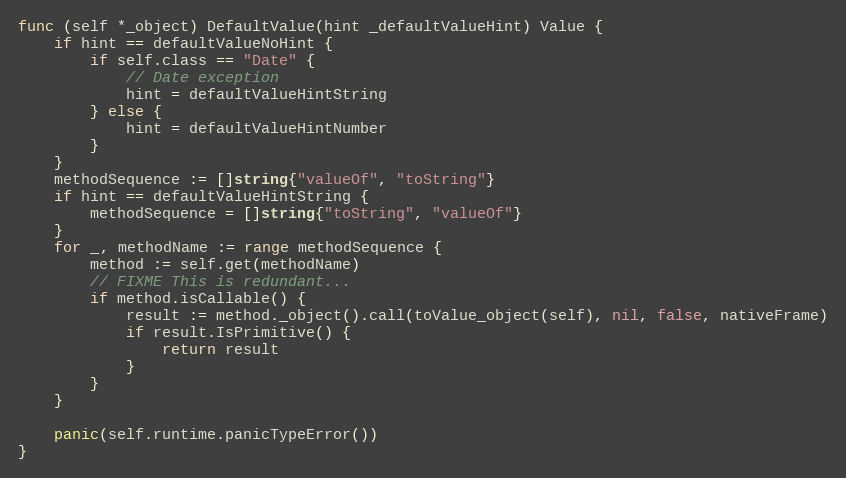
Language: Go
func (self *_object) DefaultValue(hint _defaultValueHint) Value {
	if hint == defaultValueNoHint {
		if self.class == "Date" {
			// Date exception
			hint = defaultValueHintString
		} else {
			hint = defaultValueHintNumber
		}
	}
	methodSequence := []string{"valueOf", "toString"}
	if hint == defaultValueHintString {
		methodSequence = []string{"toString", "valueOf"}
	}
	for _, methodName := range methodSequence {
		method := self.get(methodName)
		// FIXME This is redundant...
		if method.isCallable() {
			result := method._object().call(toValue_object(self), nil, false, nativeFrame)
			if result.IsPrimitive() {
				return result
			}
		}
	}

	panic(self.runtime.panicTypeError())
}